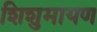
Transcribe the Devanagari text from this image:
शिशुमायण